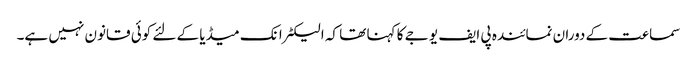
سماعت کے دوران نمائندہ پی ایف یو جے کا کہنا تھا کہ الیکٹرانک میڈیا کے لئے کوئی قانون نہیں ہے۔